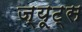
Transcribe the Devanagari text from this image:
ज्यूट्स